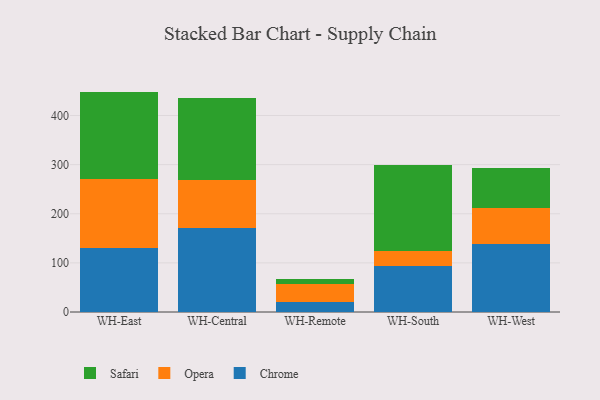
{"axis": {"x": "Warehouse", "y": "Latency (ms)"}, "legend": ["Chrome", "Opera", "Safari"], "data": [{"x": "WH-East", "y": 131.2, "type": "Chrome"}, {"x": "WH-East", "y": 139.7, "type": "Opera"}, {"x": "WH-East", "y": 177.8, "type": "Safari"}, {"x": "WH-Central", "y": 171.4, "type": "Chrome"}, {"x": "WH-Central", "y": 97.0, "type": "Opera"}, {"x": "WH-Central", "y": 167.9, "type": "Safari"}, {"x": "WH-Remote", "y": 20.9, "type": "Chrome"}, {"x": "WH-Remote", "y": 35.8, "type": "Opera"}, {"x": "WH-Remote", "y": 10.1, "type": "Safari"}, {"x": "WH-South", "y": 94.3, "type": "Chrome"}, {"x": "WH-South", "y": 29.0, "type": "Opera"}, {"x": "WH-South", "y": 175.1, "type": "Safari"}, {"x": "WH-West", "y": 138.2, "type": "Chrome"}, {"x": "WH-West", "y": 72.6, "type": "Opera"}, {"x": "WH-West", "y": 82.3, "type": "Safari"}]}